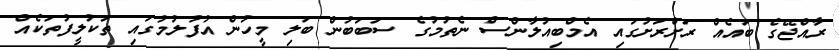
ރާއްޖޭގެ ބައެއް ރަށްރަށުގައި އެމްބިއުލާންސް ނެތުމުގެ ސަބަބުން ބަލި މީހުން އުފުލުމުގައި ތަކުލީފުތަކެއް